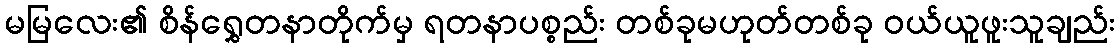
မမြလေး၏ စိန်ရွှေတနာတိုက်မှ ရတနာပစ္စည်း တစ်ခုမဟုတ်တစ်ခု ဝယ်ယူဖူးသူချည်း